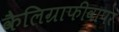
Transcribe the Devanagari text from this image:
कैलिग्राफीवापर